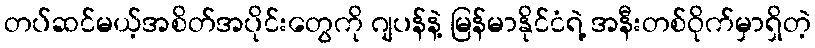
တပ်ဆင်မယ့်အစိတ်အပိုင်းတွေကို ဂျပန်နဲ့ မြန်မာနိုင်ငံရဲ့ အနီးတစ်ဝိုက်မှာရှိတဲ့